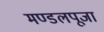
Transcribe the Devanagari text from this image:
मण्डलपूजा